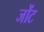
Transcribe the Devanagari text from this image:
जोंट